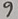
Text: 9